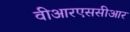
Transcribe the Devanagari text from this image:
वीआरएससीआर